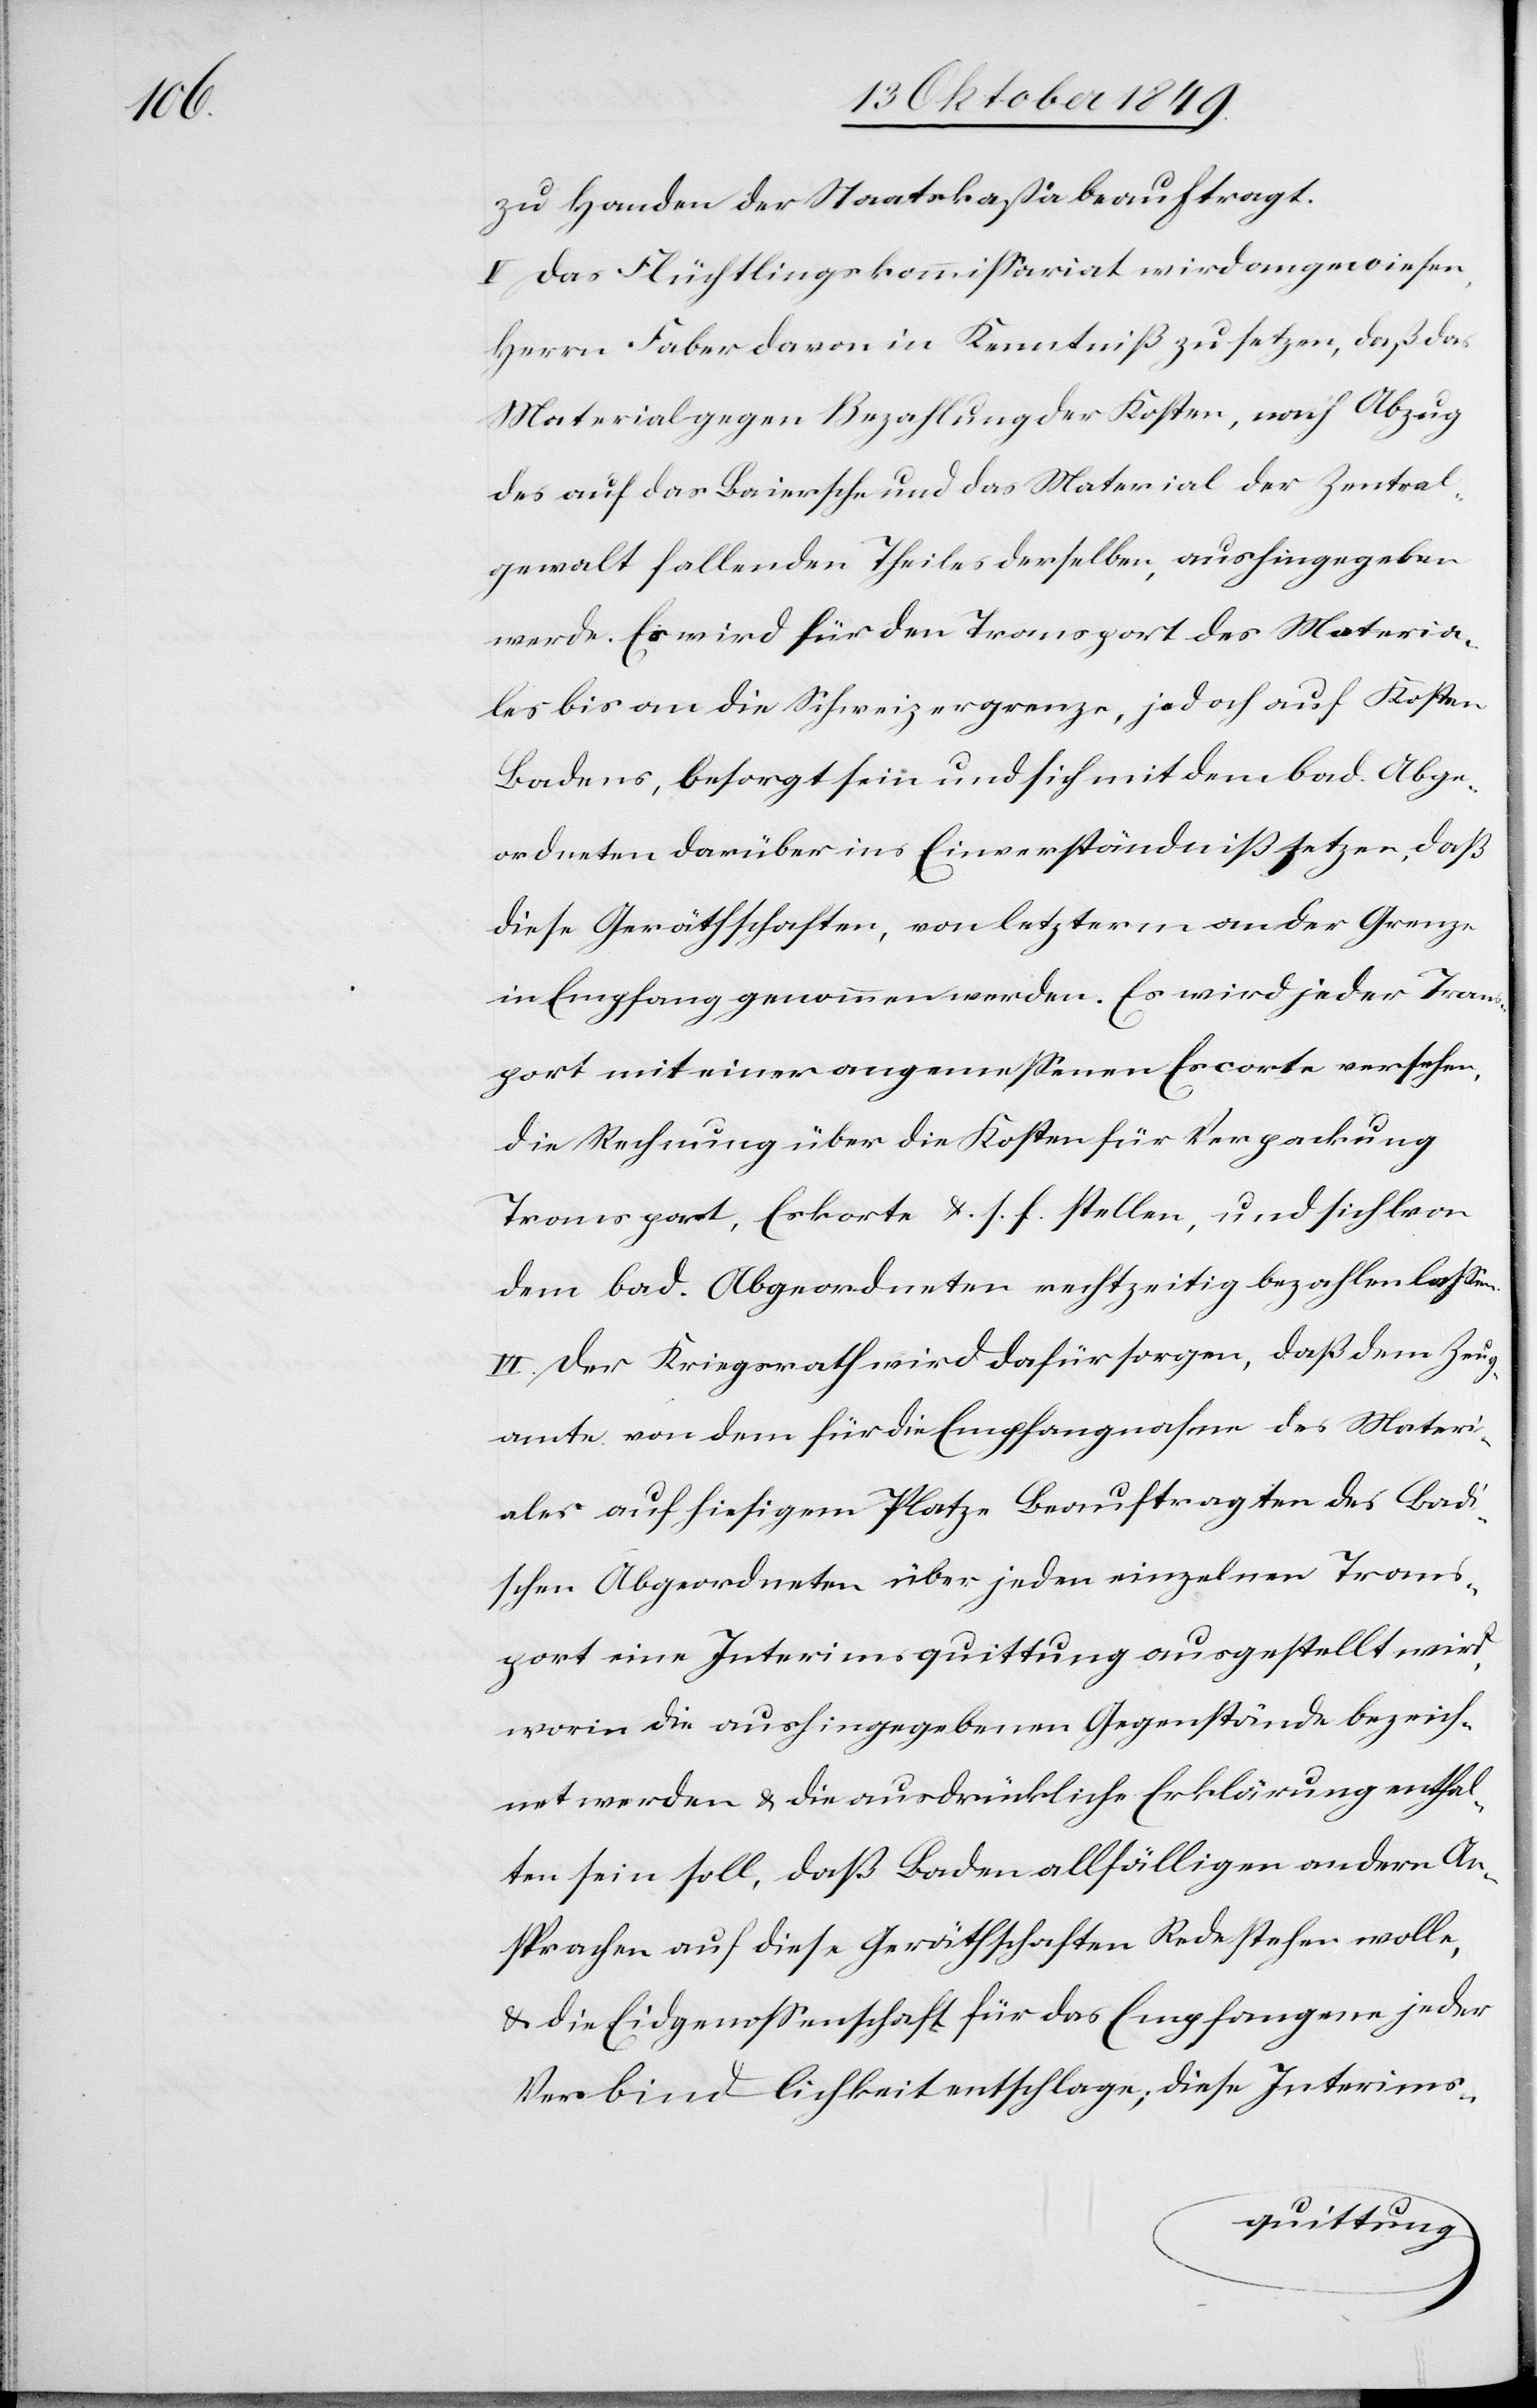
zu Handen der Staatskaßa beauftragt.
V Das Flüchtlingskommißariat wird angewiesen,
Herrn Faber davon in Kenntniß zu setzen, daß das
Material gegen Bezahlung der Kosten, nach Abzug
des auf das Baiersche und das Material der Zentral¬
gewalt fallenden Theiles derselben, aushingegeben
werde. Er wird für den Transport des Materia¬
les bis an die Schweizergrenze, jedoch auf Kosten
Badens, besorgt sein und sich mit dem bad. Abge¬
ordneten darüber ins Einverständniß setzen, daß
diese Gerätschaften, von letzterm an der Grenze
in Empfang genommen werden. Es wird jeder Tran¬
sport mit einem angemeßenen Escorte versehen,
die Rechnung über die Kosten für Verpackung,
Transport, Eskorte u. s. f. stellen, und sich lvon
dem bad. Abgeordneten rechtzeitig bezahlen laßen.
VI. Der Kriegsrath wird dafür sorgen, daß dem Zeug¬
amte von dem für die Empfangsnahme des Materi¬
ales auf hiesigem Platze Beauftragten des Badi¬
schen Abgeordneten über jeden einzelnen Trans¬
port eine Interimsquittung ausgestellt wird,
worin die aushingegebenen Gegenstände bezeich¬
net werden u. die ausdrückliche Erklärung enthal¬
ten sein soll, daß Baden allfälligen andern An¬
sprachen auf diese Geräthschaften Rede stellen wolle,
u. die Eidgenossenschaft für das Empfangene jeder
Verbindlichkeit entschlage, diese Interims-